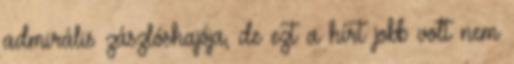
admirális zászlóshajója, de ezt a hírt jobb volt nem